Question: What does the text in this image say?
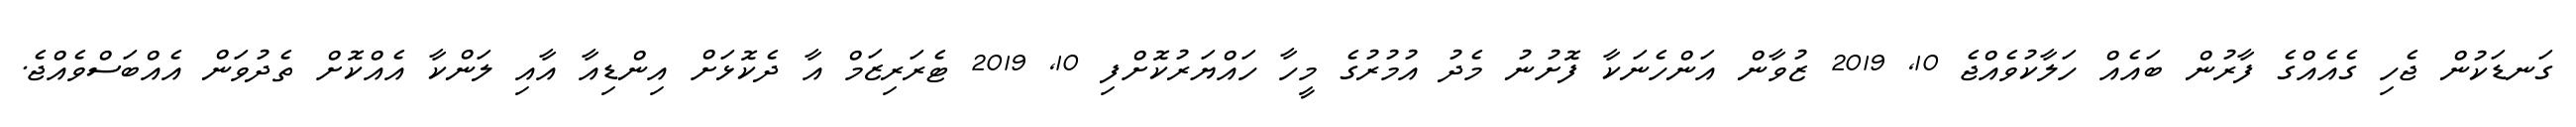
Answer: ގަނޑަކުން ޖެހި ގެއެއްގެ ފާރުން ބައެއް ހަލާކުވެއްޖެ 10, 2019 ޒުވާން އަންހެނަކާ ފޮށުނު މެދު އުމުރުގެ މީހާ ހައްޔަރުކޮށްފި 10, 2019 ޓެރަރިޒަމް އާ ދެކޮޅަށް އިންޑިއާ އާއި ލަންކާ އެއްކޮށް ތެދުވަން އެއްބަސްވެއްޖެ.